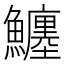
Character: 𩼼